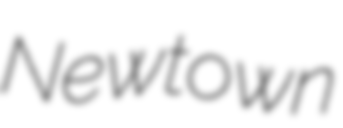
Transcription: Newtown